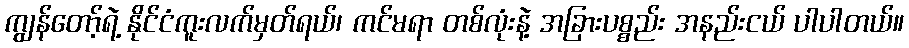
ကျွန်တော့်ရဲ့ နိုင်ငံကူးလက်မှတ်ရယ်၊ ကင်မရာ တစ်လုံးနဲ့ အခြားပစ္စည်း အနည်းငယ် ပါပါတယ်။